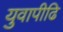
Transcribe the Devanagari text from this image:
युवापीढि